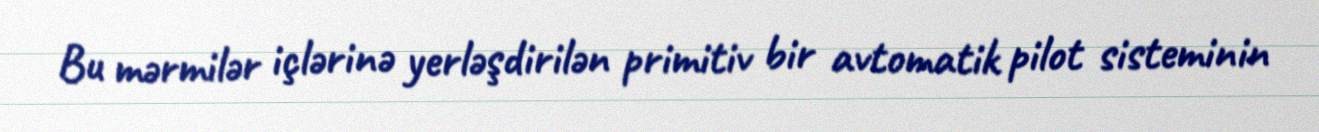
Bu mərmilər içlərinə yerləşdirilən primitiv bir avtomatik pilot sisteminin